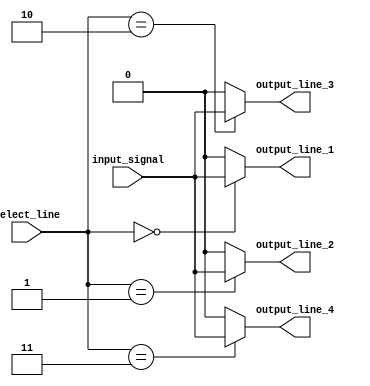
module demux (
    input wire input_signal,
    input wire[1:0] select_line,
    output reg output_line_1,
    output reg output_line_2,
    output reg output_line_3,
    output reg output_line_4
);

always @ (select_line or input_signal) begin
    output_line_1 = (select_line == 2'b00) ? input_signal : 1'b0;
    output_line_2 = (select_line == 2'b01) ? input_signal : 1'b0;
    output_line_3 = (select_line == 2'b10) ? input_signal : 1'b0;
    output_line_4 = (select_line == 2'b11) ? input_signal : 1'b0;
end

endmodule